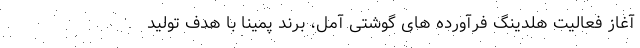
آغاز فعالیت هلدینگ فرآورده های گوشتی آمل، برند پمینا با هدف تولید